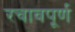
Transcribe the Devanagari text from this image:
रचावपूर्ण